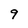
Character: 9